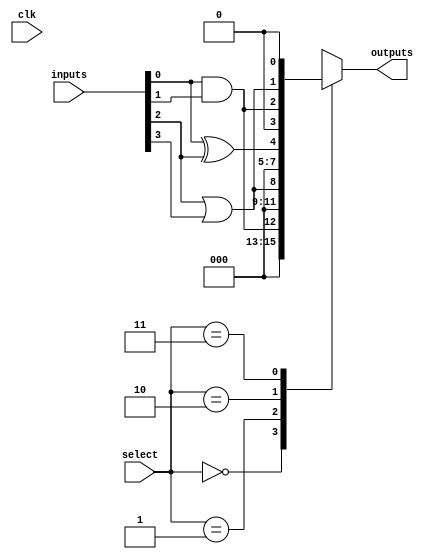
module CLB (
    input wire [3:0] inputs,      // 4 input lines
    input wire [1:0] select,      // Select lines for LFUs
    input wire clk,                // Clock signal (if needed for synchronous operations)
    output wire [3:0] outputs      // 4 output lines
);

// Logic Function Units (LFUs)
wire lf1_out, lf2_out, lf3_out;

// LFU 1: AND Gate
assign lf1_out = inputs[0] & inputs[1];

// LFU 2: OR Gate
assign lf2_out = inputs[2] | inputs[3];

// LFU 3: XOR Gate
assign lf3_out = inputs[0] ^ inputs[2];

// Output Logic based on select lines
always @(*) begin
    case (select)
        2'b00: outputs = {3'b000, lf1_out}; // Output from LFU 1
        2'b01: outputs = {3'b000, lf2_out}; // Output from LFU 2
        2'b10: outputs = {3'b000, lf3_out}; // Output from LFU 3
        2'b11: outputs = {lf1_out, lf2_out, 1'b0}; // Combine LFU 1 and LFU 2
        default: outputs = 4'b0000; // Default case
    endcase
end

endmodule